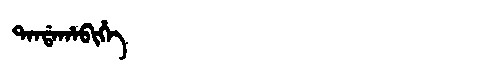
Manchu: ᡨᠠᠨᡩᠠᡥᠠᠪᡳᡥᡝ
Romanization: TANDAHABIHE